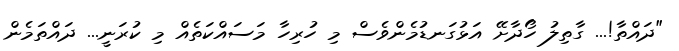
"ދައްތާ!... ގާތިލު ހޯދާށޭ އަޅުގަނޑުމެންވެސް މި ހުރިހާ މަސައްކަތެއް މި ކުރަނީ... ދައްތަމެން